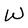
Character: W